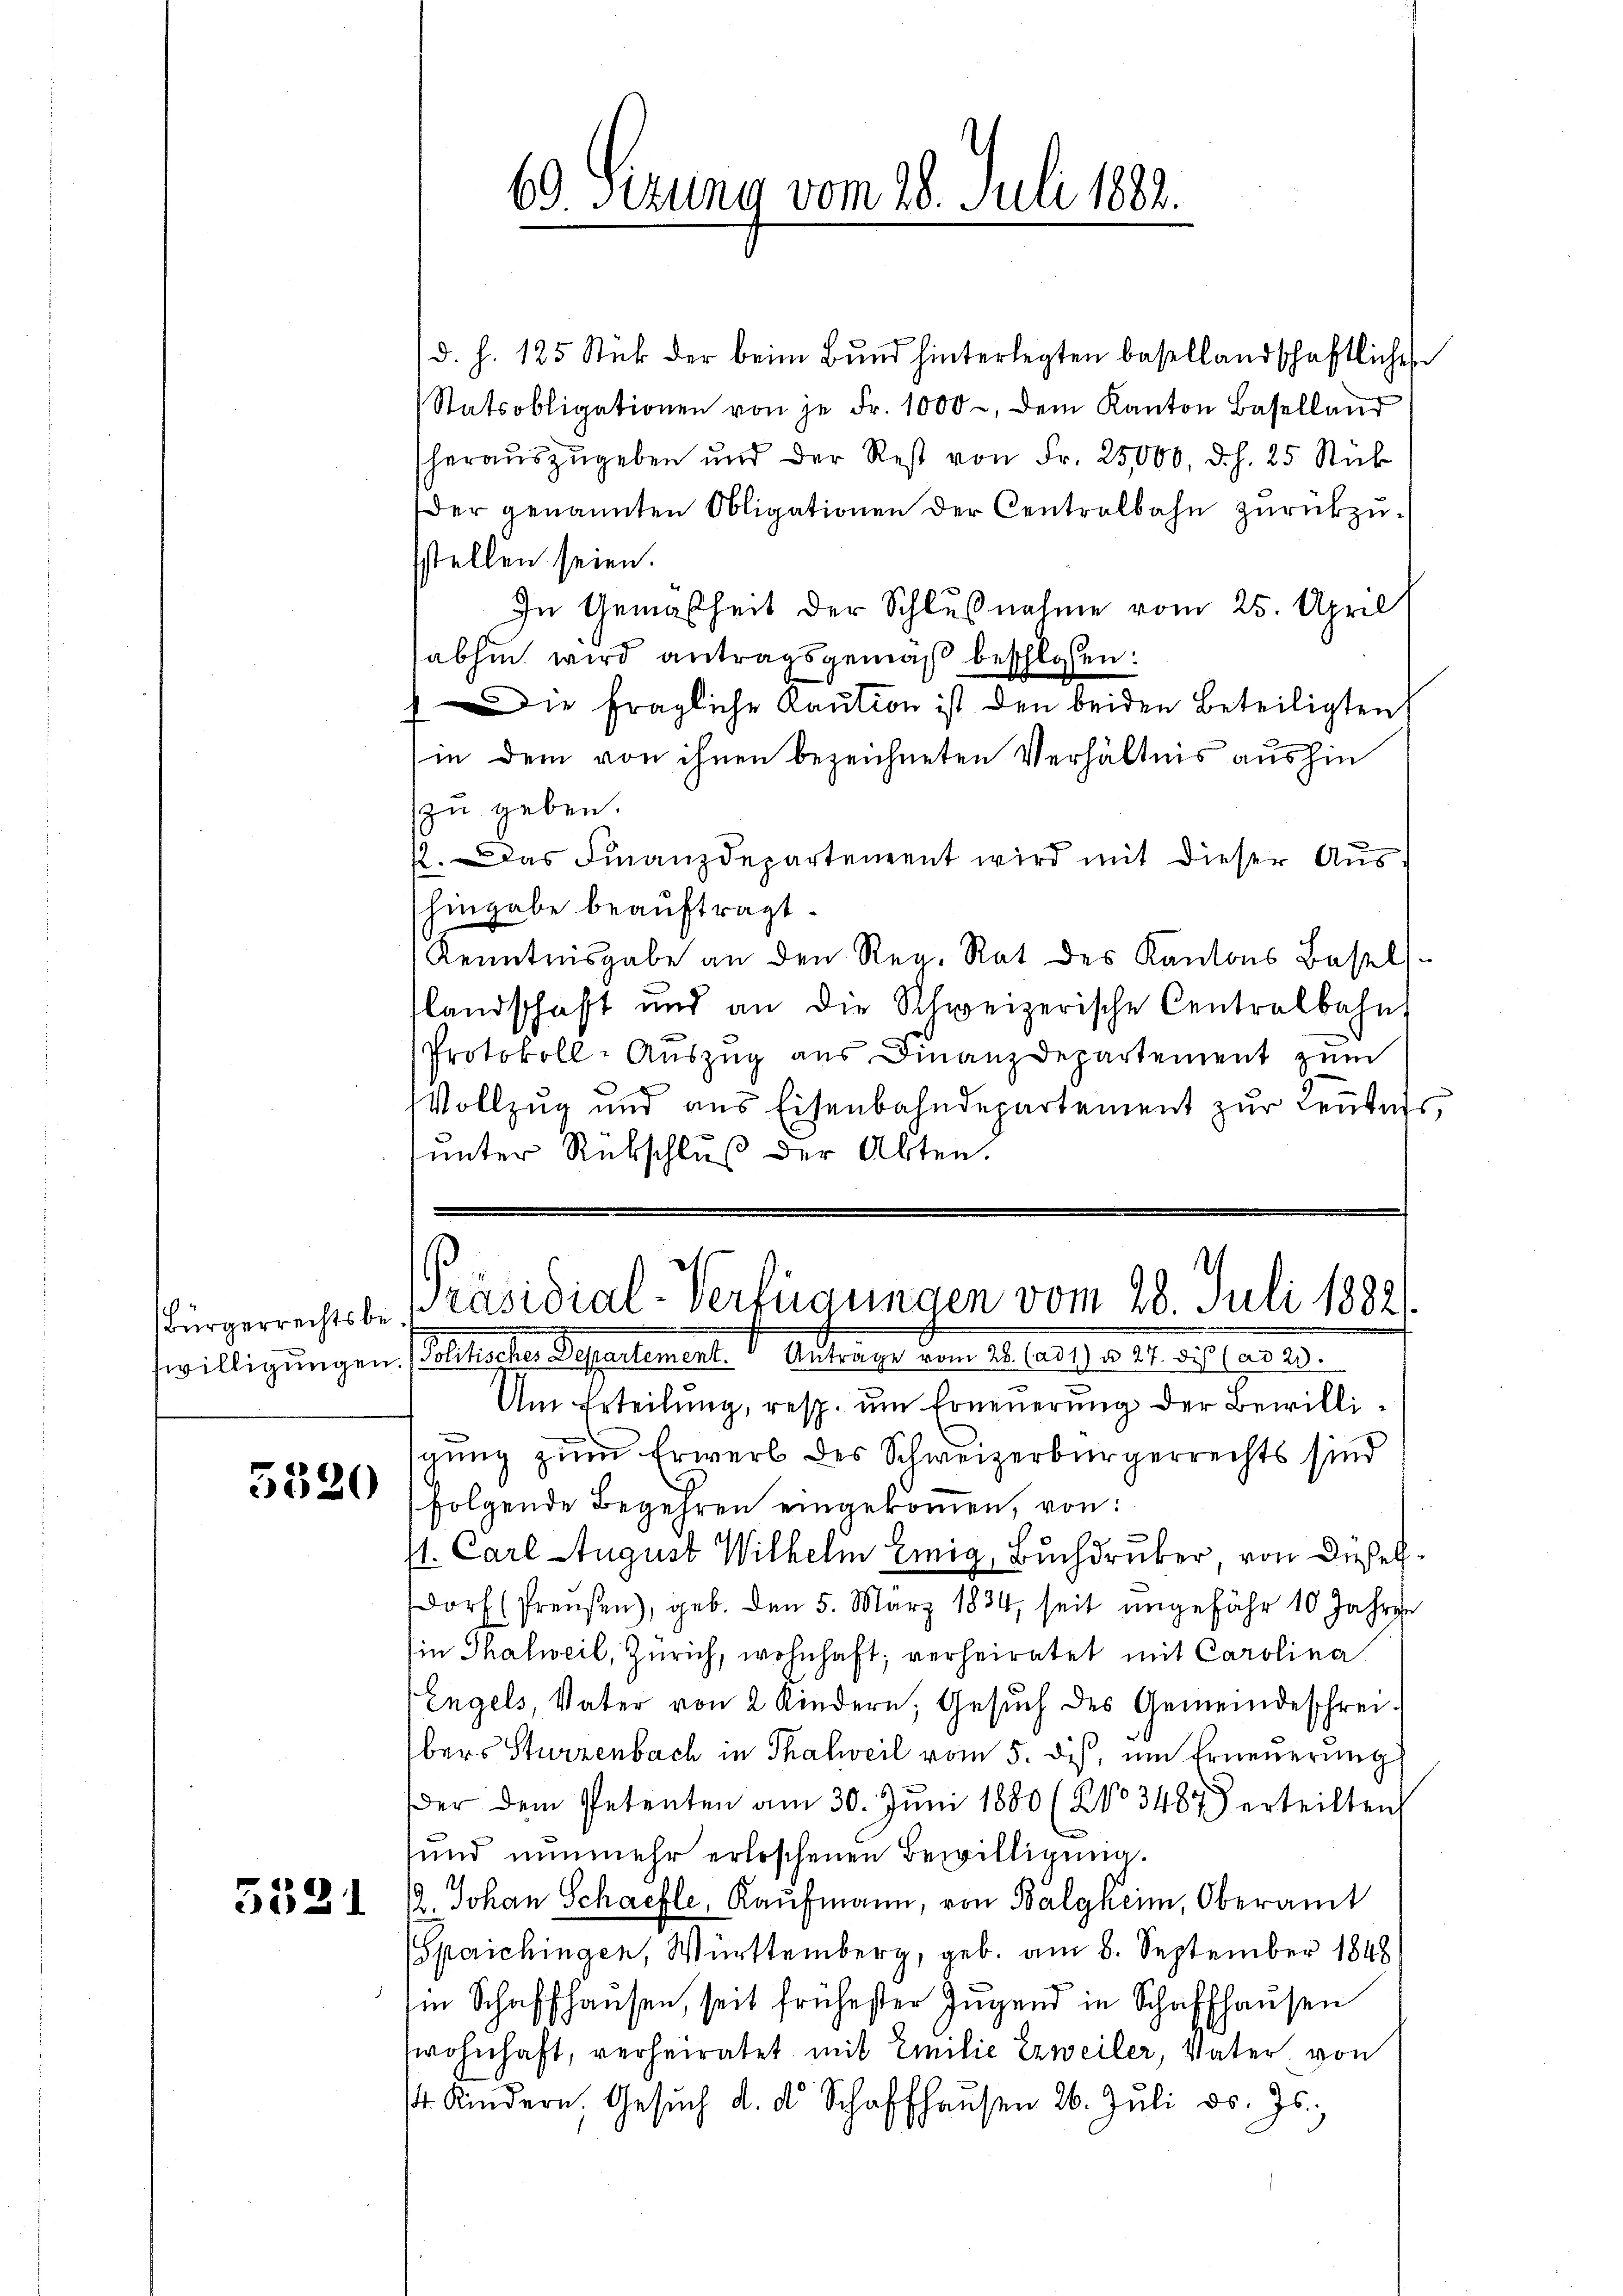
5320

.
e1) al

69) Sizung vom 28. Juli 1882.

d. h. 125 Stück der beim Bund hinterlegten basellandschaftlichen
Statsobligationen von je Fr. 1000, dem Kanton Baselland
heraŭszŭgeben und der Rest von Fr. 25,000, d. h. 25. Stück
der genannten Obligationen der Centralbahn zurückzusstellen seien.
In Gemäsheit der Schlußnahme vom 25. April
abhin wird antragsgemäß beschlossen:
Die fragliche Kaution ist den beiden Beteiligten
(in dem von ihnen bezeichneten Verhältnis aushin
zu geben.
. Das Finanzdepartement wird mit dieser Aushingabe beauftragt.
Kenntnisgabe an den Reg. Rat des Kantons Basel-
slandschaft und an die Schweizerische Centralbahnt
Protokoll-Aŭszŭg aŭs Finanzdepartement zŭm
Vollzug und aus Eisenbahndepartement zur Leutes,
unter Rückschluß der Akten.

willigungen solltesten Separtement u Antrags vom 24. 1859 d. M. auch nr 29.
Um Erteilung, resp. um Erneuerung der Bewilligung zum Erwerb des Schweizerbürgerrechts sind
folgende Begehren eingekommen, von:
1. Carl August Wilhelm Ewig, Buchdruker, von Diesel¬
Dorf (Preußen), geb. Den 5. März 1834, seit ungefähr 10 Jahren
Ein Thalweil, Zürich, wohnhaft; verheiratet mit Carolina
Engels, Vater von 2 Kindern, Gesŭch des Gemeindeschreibers Sturzenbach in Thalweil vom 5. dis, um Erneuerung
der dem Petenten am 30. Jŭni 1880 (203487 erteilten
sund nunmehr erloschenen Bewilligung.
12. Johan Schaefle, Kaufmann, von Balgheim, Oberamt
(Speichingen, Württemberg, geb. am 8. September 1848
in Schaffhausen, seit frühester Jugend in Schaffhausen
wohnhaft, verheiratet mit Emilie Erweiler, Vater, von
4 Kindern, Gesŭch d. d. Schaffhaŭsen 26. Jŭli d. Js.,

Bürgerrechtsbe Präsidial-Verfügungen vom 28. Juli 1882.